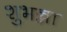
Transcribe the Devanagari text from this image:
शुभन्ना